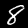
Label: 8